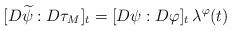
LaTeX: \begin{align*}[D\widetilde{\psi}:D\tau_M]_t = [D\psi:D\varphi]_t\,\lambda^{\varphi}(t)\end{align*}